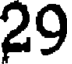
29